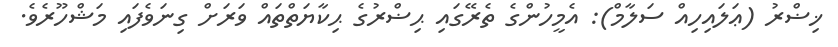
ޚިޟްރު (ޢަލައިހިއް ސަލާމް): އެމީހުންގެ ތެރޭގައި ޙިޟްރުގެ ޙިކާޔަތްތައް ވަރަށް ގިނަވެފައި މަޝްހޫރެވެ.